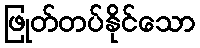
ဖြုတ်တပ်နိုင်သော